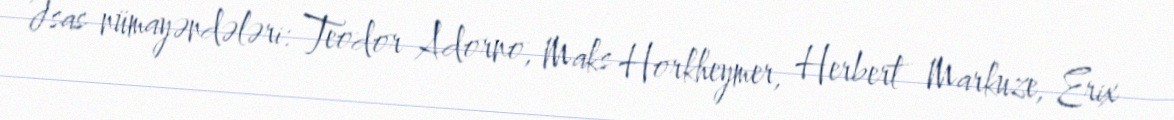
Əsas nümayəndələri: Teodor Adorno, Maks Horkheymer, Herbert Markuze, Erix